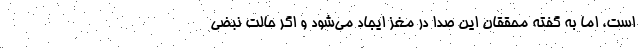
است، اما به گفته محققان این صدا در مغز ایجاد می‌شود و اگر حالت نبضی